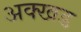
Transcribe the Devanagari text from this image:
अक्खड